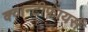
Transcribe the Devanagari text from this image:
क्वान्टीफायर्स